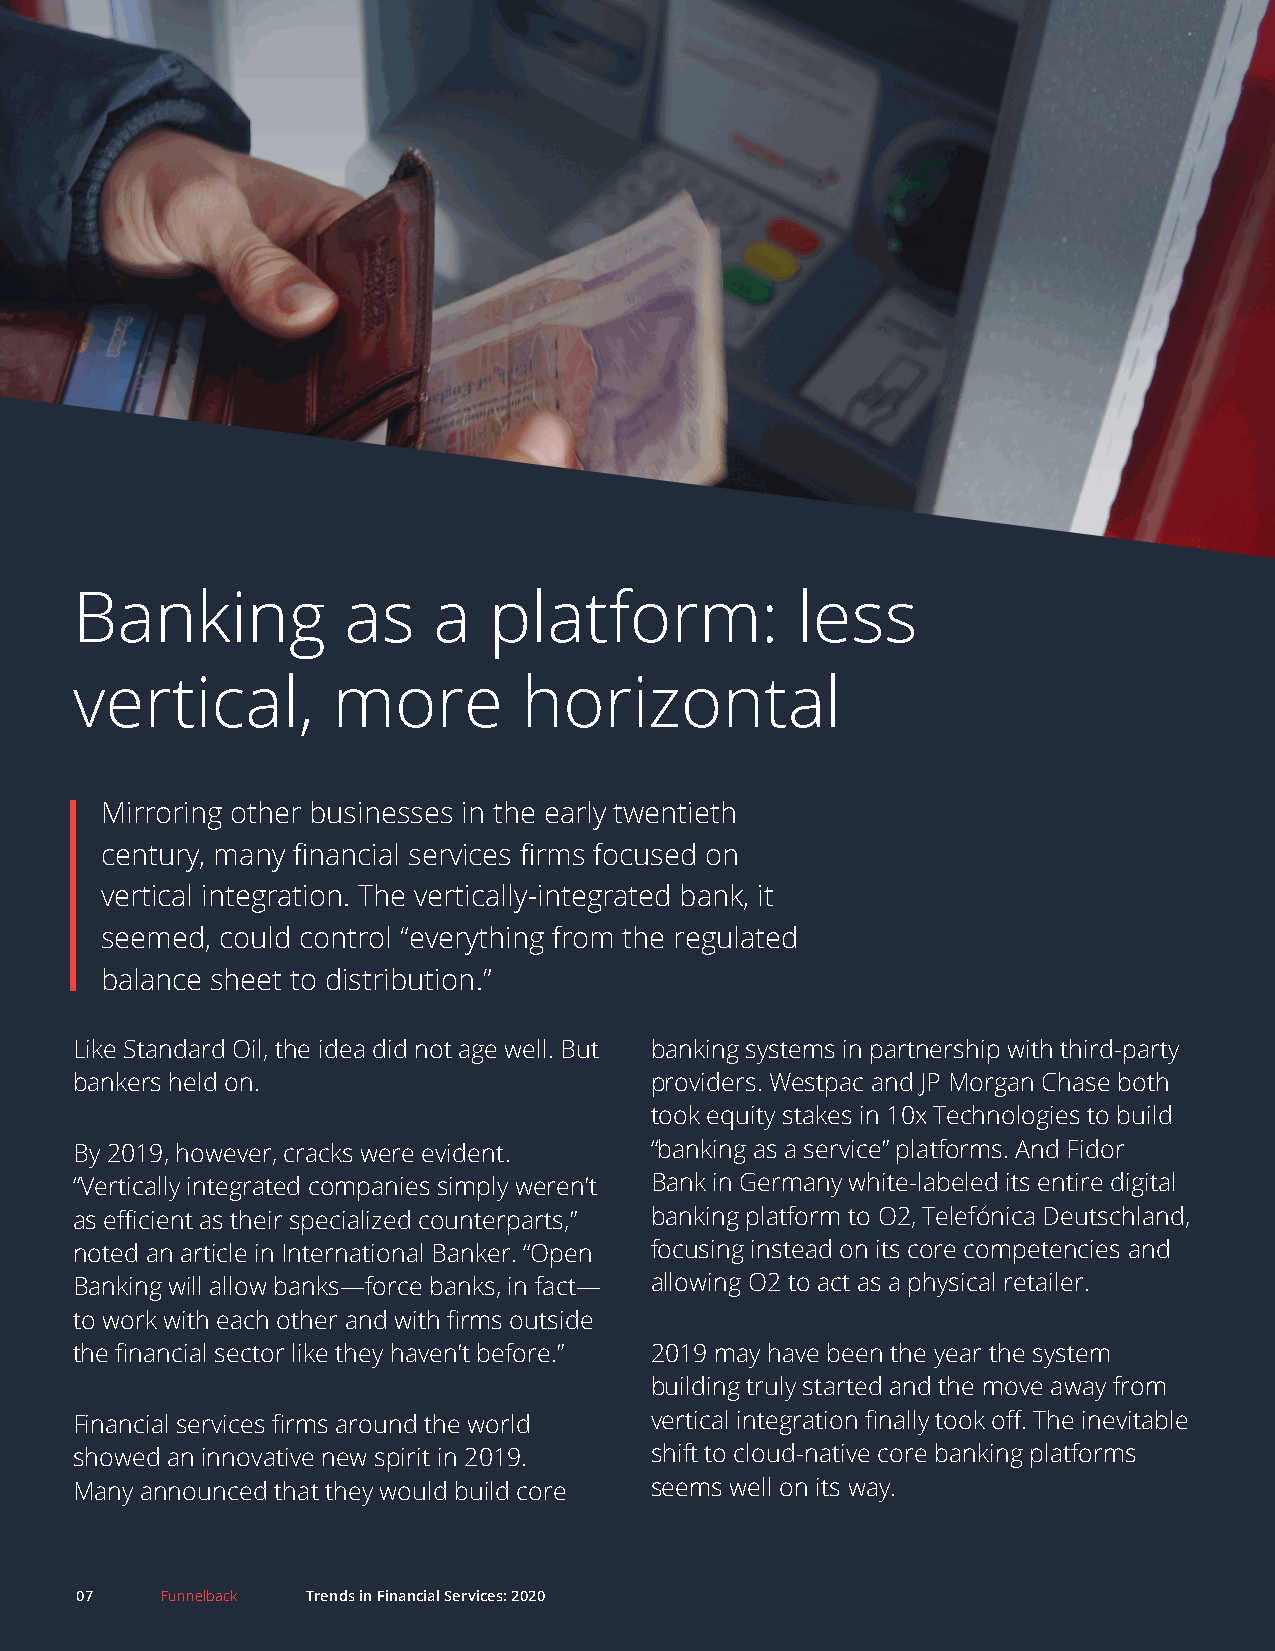
Banking           as    a  platform:            less
 vertical,        more         horizontal
 Mirroring other businesses in the early twentieth
 century, many financial services firms focused on
 vertical integration. The vertically-integrated bank, it
 seemed, could control “everything from the regulated
 balance sheet to distribution.”
 Like Standard Oil, the idea did not age well. But banking systems in partnership with third-party
 bankers held on.                      providers. Westpac and JP Morgan Chase both
 took equity stakes in 10x Technologies to build
 By 2019, however, cracks were evident. “banking as a service” platforms. And Fidor
 “Vertically integrated companies simply weren’t Bank in Germany white-labeled its entire digital
 as efficient as their specialized counterparts,” banking platform to O2, Telefónica Deutschland,
 noted an article in International Banker. “Open focusing instead on its core competencies and
 Banking will allow banks—force banks, in fact— allowing O2 to act as a physical retailer.
 to work with each other and with firms outside
 the financial sector like they haven’t before.” 2019 may have been the year the system
 building truly started and the move away from
 Financial services firms around the world vertical integration finally took off. The inevitable
 showed an innovative new spirit in 2019. shift to cloud-native core banking platforms
 Many announced that they would build core seems well on its way.
 07    Funnelback Trends in Financial Services: 2020